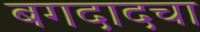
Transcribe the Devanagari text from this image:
बगदादचा